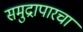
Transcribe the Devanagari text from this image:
समुद्रापारचा